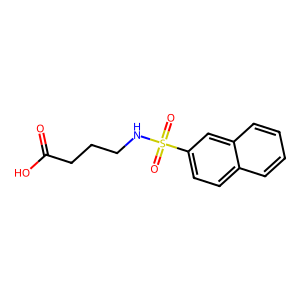
SMILES: O=C(O)CCCNS(=O)(=O)c1ccc2ccccc2c1
Inhibits HIV replication: No